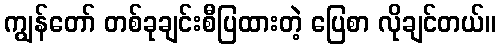
ကျွန်တော် တစ်ခုချင်းစီပြထားတဲ့ ပြေစာ လိုချင်တယ်။